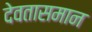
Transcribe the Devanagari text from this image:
देवतासमान